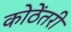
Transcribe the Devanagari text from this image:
कोठेंतरी